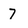
Character: 7